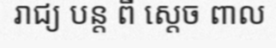
រាជ្យ បន្ត ពី ស្តេច ពាល